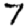
Digit: 7